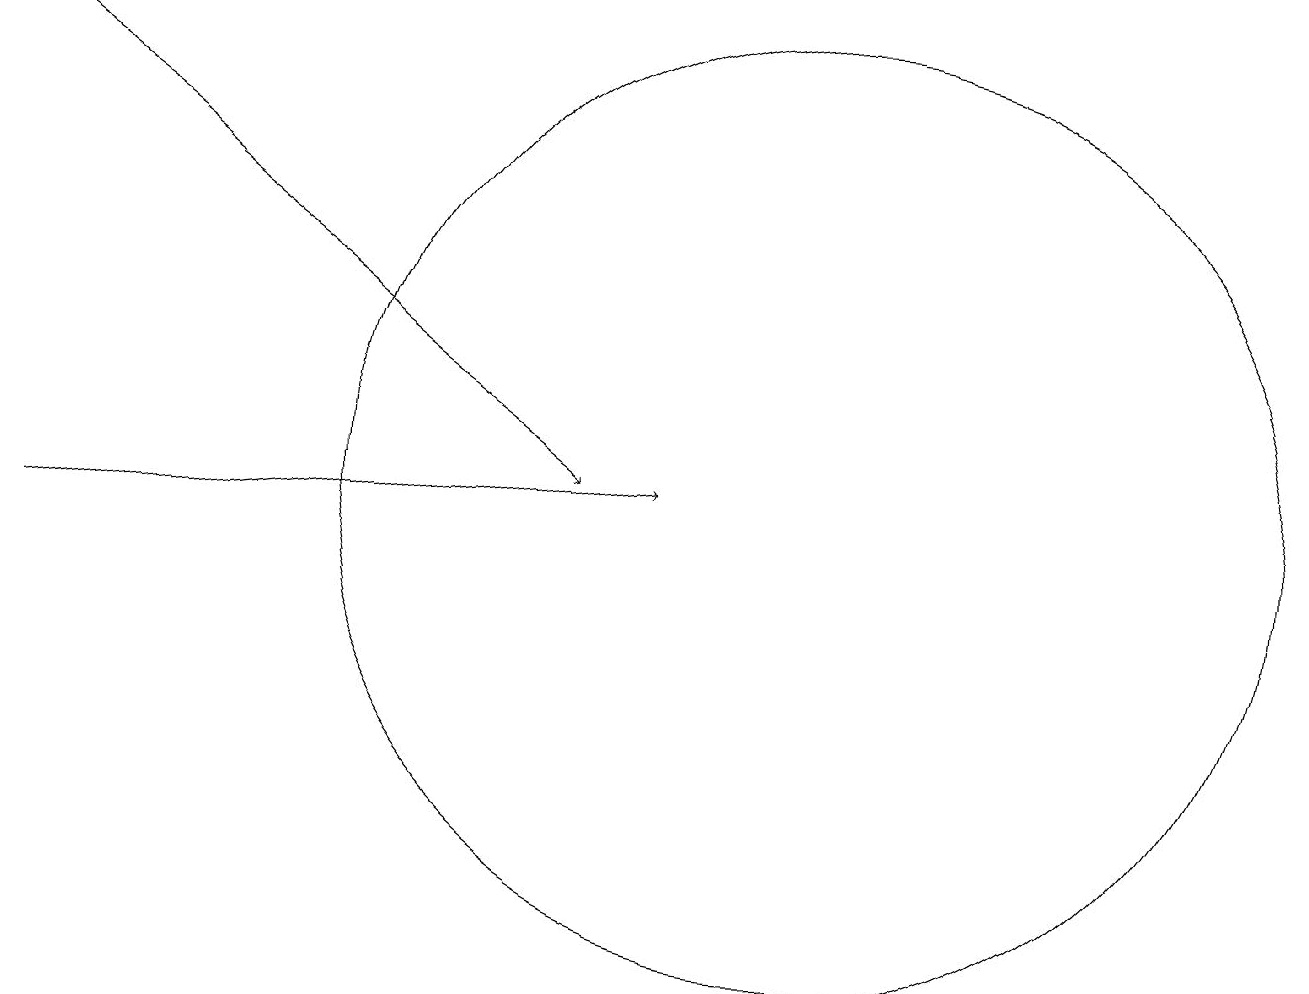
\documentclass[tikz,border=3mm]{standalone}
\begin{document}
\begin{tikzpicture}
\draw (11,12) circle (6);
\draw[->] (1,17) -- (8,12);
\draw[->] (1,11) -- (9,12);
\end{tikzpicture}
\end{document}